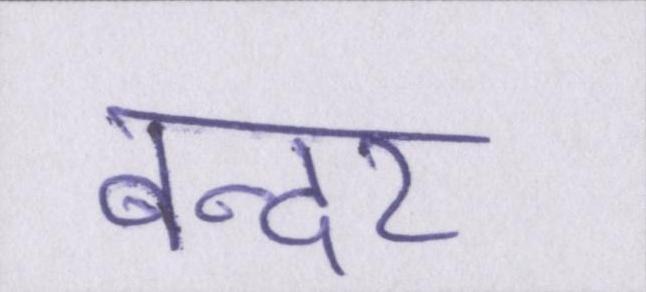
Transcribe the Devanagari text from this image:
बन्दर